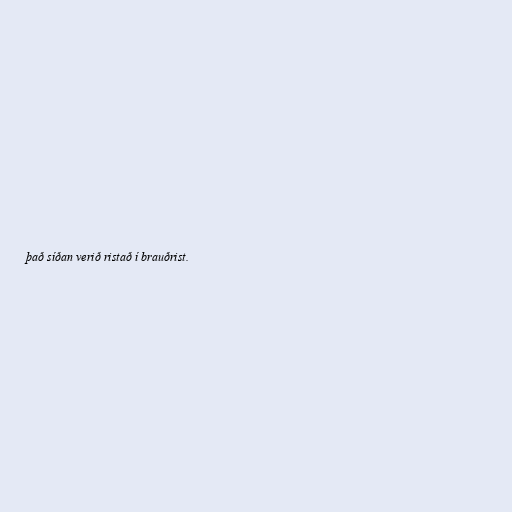
það síðan verið ristað í brauðrist.